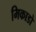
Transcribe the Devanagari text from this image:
मिकाडो